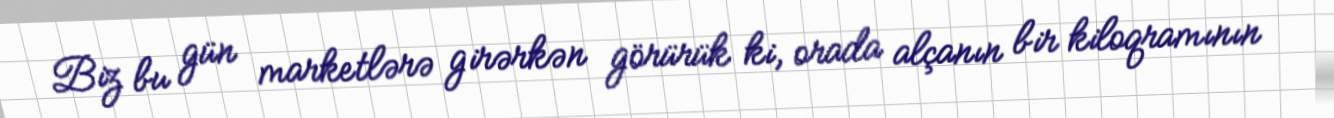
Biz bu gün marketlərə girərkən görürük ki, orada alçanın bir kiloqramının